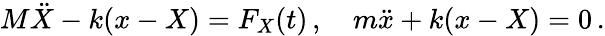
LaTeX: M\ddot{X}-k(x-X)=F_{X}(t)\, ,\quad m\ddot{x}+k(x-X)=0\, .